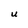
Character: U